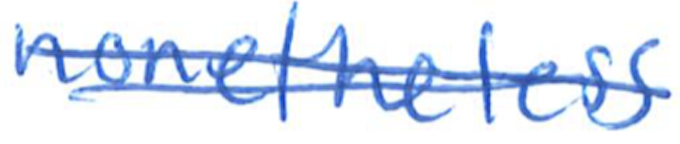
Text: nonetheless
Cross-out: double-line
Writing tool: ballpoint